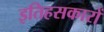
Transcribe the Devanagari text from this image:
इतिहसकारों